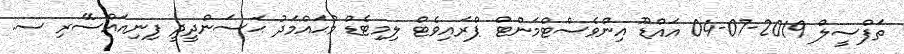
ތަފްސީލް 2019-07-04 އައްޑޫ އިންވެސްޓްމަންޓް ޕްރައިވެޓް ލިމިޓެޑް މުޙައްމަދު ޙަސަންދީދީ ފިނިއައްސޭރި ސ.